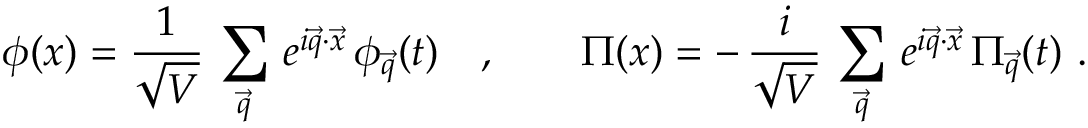
\phi ( x ) = { \frac { 1 } { \sqrt { V } } } \, \sum _ { \vec { q } } \, e ^ { i \vec { q } \cdot \vec { x } } \, \phi _ { \vec { q } } ( t ) \quad , \qquad \Pi ( x ) = - \, { \frac { i } { \sqrt { V } } } \, \sum _ { \vec { q } } \, e ^ { i \vec { q } \cdot \vec { x } } \, \Pi _ { \vec { q } } ( t ) ~ .